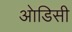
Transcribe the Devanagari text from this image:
आेडिसी